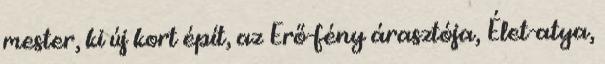
mester, ki új kort épít, az Erő-fény árasztója, Élet-atya,